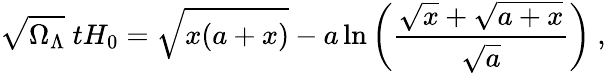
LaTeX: \sqrt{\Omega_{\mathrm{\Lambda}}}\ tH_{0}=\sqrt{x(a+x)}-a\ln\left({\frac{\sqrt{x}+\sqrt{a+x}}{\sqrt{a}}}\right)\ ,